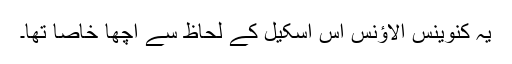
یہ کنوینس الاؤنس اس اسکیل کے لحاظ سے اچھا خاصا تھا۔